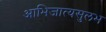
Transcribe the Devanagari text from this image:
आभिजात्यसुलभ